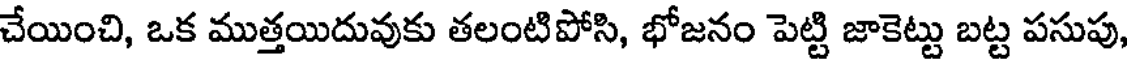
చేయించి, ఒక ముత్తయిదువుకు తలంటిపోసి, భోజనం పెట్టి జాకెట్టు బట్ట పసుపు,